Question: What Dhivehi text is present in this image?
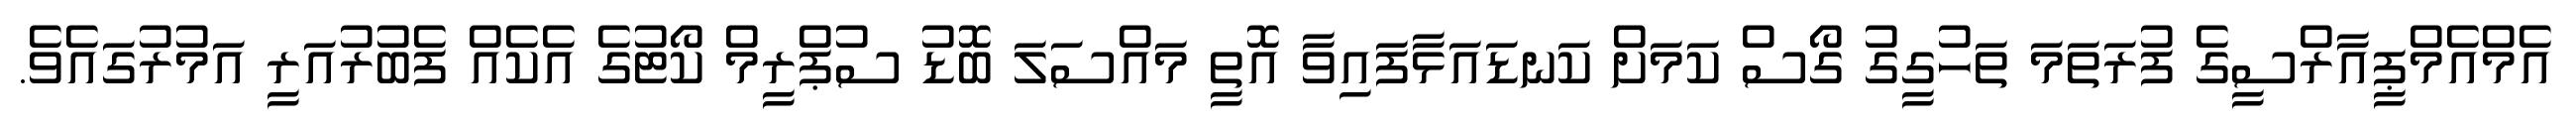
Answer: އެމްއެމްޕީއާރްސީގެ ފުރަތަމަ ތަހުގީގު ގޯސް ކަމަށް ކަނޑައަޅާފައިވާ އޮތީ މައްސަލަ ބޮޑު ސުޕްރީމް ކޯޓުގެ އެކެއް ފެބުރުއަރީ އަމުރުގައެވެ.